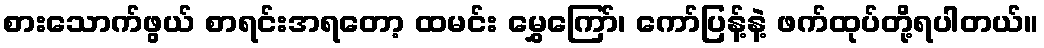
စားသောက်ဖွယ် စာရင်းအရတော့ ထမင်း မွှေကြော်၊ ကော်ပြန့်နဲ့ ဖက်ထုပ်တို့ရပါတယ်။